Annual statistical returns and brief notes on vaccination in Bengal - 1909-1929
Year: 1909
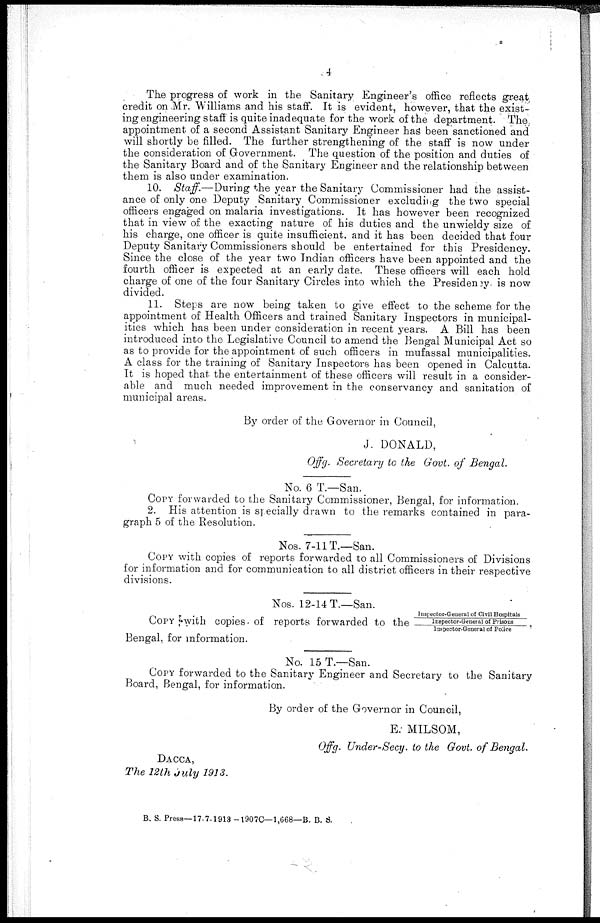
4
The progress of work in the Sanitary Engineer's office reflects great
credit on Mr. Williams and his staff. It is evident, however, that the exist-
ing engineering staff is quite inadequate for the work of the department. The
appointment of a second Assistant Sanitary Engineer has been sanctioned and
will shortly be filled. The further strengthening of the staff is now under
the consideration of Government. The question of the position and duties of
the Sanitary Board and of the Sanitary Engineer and the relationship between
them is also under examination.
10. Staff.—During the year the Sanitary Commissioner had the assist-
ance of only one Deputy Sanitary Commissioner excluding the two special
officers engaged on malaria investigations. It has however been recognized
that in view of the exacting nature of his duties and the unwieldy size of
his charge, one officer is quite insufficient. and it has been decided that four
Deputy Sanitary Commissioners should be entertained for this Presidency.
Since the close of the year two Indian officers have been appointed and the
fourth officer is expected at an early date. These officers will each hold
charge of one of the four Sanitary Circles into which the Presideney is now
divided.
11. Steps are now being taken to give effect to the scheme for the
appointment of Health Officers and trained Sanitary Inspectors in municipal-
ities which has been under consideration in recent years. A Bill has been
introduced into the Legislative Council to amend the Bengal Municipal Act so
as to provide for the appointment of such officers in mufassal municipalities.
A class for the training of Sanitary Inspectors has been opened in Calcutta.
It is hoped that the entertainment of these officers will result in a consider-
able and much needed improvement in the conservancy and sanitation of
municipal areas.
By order of the Governor in Council,
J. DONALD,
Offg. Secretary to the Govt. of Bengal.
No. 6 T.—San.
COPY forwarded to the Sanitary Commissioner, Bengal, for information.
2. His attention is specially drawn to the remarks contained in para-
graph 5 of the Resolution.
Nos. 7-11T.—San.
COPY with copies of reports forwarded to all Commissioners of Divisions
for information and for communication to all district officers in their respective
divisions.
Nos. 12-14 T.—San.
Inspector-General of Civil Hospitals
Inspector-General of Prisons
Inspector-General of Police
COPY with copies of reports forwarded to the
Bengal, for information.
No. 15T.—San.
COPY forwarded to the Sanitary Engineer and Secretary to the Sanitary
Board, Bengal, for information.
By order of the Governor in Council,
E. MILSOM,
Offg. Under-Secy. to the Govt. of Bengal.
DACCA,
The 12th July 1913.
B. S. Press—17-7-1918 -1907C—1,668—B. B. S.